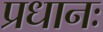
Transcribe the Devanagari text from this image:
प्रधानः